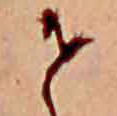
せ